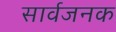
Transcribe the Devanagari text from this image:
सार्वजनक